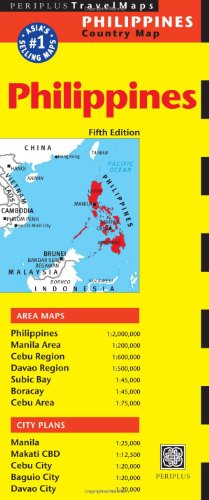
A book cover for Philippines Travel Map Fifth Edition; Travel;